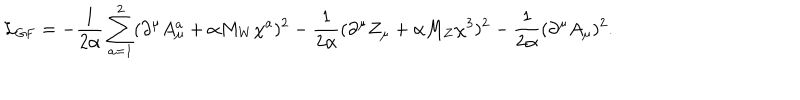
LaTeX: { \cal L } _ { \mathrm { G F } } = - \frac { 1 } { 2 \alpha } \displaystyle \sum _ { a = 1 } ^ { 2 } ( \partial ^ { \mu } A _ { \mu } ^ { a } + \alpha M _ { W } \chi ^ { a } ) ^ { 2 } - \frac { 1 } { 2 \alpha } ( \partial ^ { \mu } Z _ { \mu } + \alpha M _ { Z } \chi ^ { 3 } ) ^ { 2 } - \frac { 1 } { 2 \alpha } ( \partial ^ { \mu } A _ { \mu } ) ^ { 2 } .